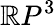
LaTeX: \mathbb{R}P^{3}